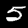
Label: 5